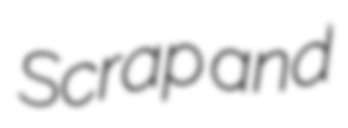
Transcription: Scrap and